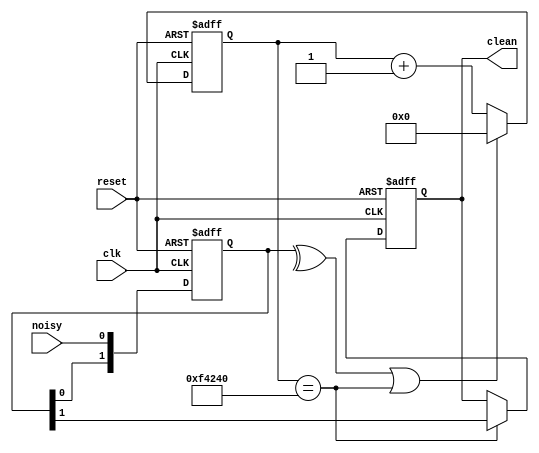
module debouncer(
	input clk,
	input reset,
	input noisy,
	output clean
	);
	
	localparam COUNTER_MAX = 1000000;
	
	reg [19:0] counter;
	reg [1:0] ff_i;
	reg ff_o;
	
	wire clear_counter;
	wire counter_max;
	
	always @(posedge clk or negedge reset) begin
		if (!reset) begin
			ff_i <= 0;
		end else begin
			ff_i[1:0] <= {ff_i[0], noisy};
		end
	end
	
	assign clear_counter = ^ff_i;
	
	always @(posedge clk or negedge reset) begin
		if (!reset) begin
			counter <= 0;
		end else if (clear_counter || counter_max) begin
			counter <= 0;
		end else begin
			counter <= counter + 1'b1;
		end
	end

	assign counter_max = (counter == COUNTER_MAX);
	
	always @(posedge clk or negedge reset) begin
		if (!reset) begin
			ff_o <= 0;
		end else if (counter_max) begin
			ff_o <= ff_i[1];
		end
	end
	
	assign clean = ff_o;
	
endmodule